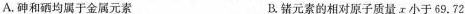
A.砷和硒均属于金属元素 B.锗元素的相对原子质量x小于69.72